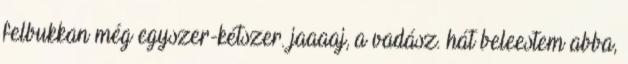
felbukkan még egyszer-kétszer. jaaaaj, a vadász. hát beleestem abba,